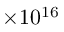
\times 1 0 ^ { 1 6 }